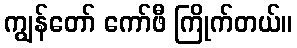
ကျွန်တော် ကော်ဖီ ကြိုက်တယ်။